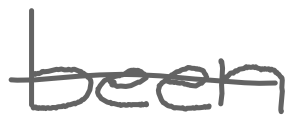
Text: been
Cross-out: single-line
Writing tool: digital_gray